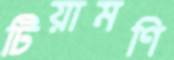
টিয়ামণি